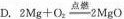
D 2Mg+O_{2}=2MgO